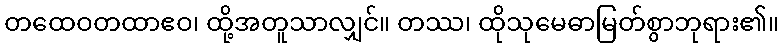
တထေဝတထာဧဝ၊ ထို့အတူသာလျှင်။ တဿ၊ ထိုသုမေဓာမြတ်စွာဘုရား၏။